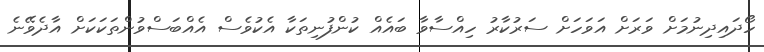
ހޯދައިދިނުމަށް ވަރަށް އަވަހަށް ސަރުކާރު ހިއްސާވާ ބައެއް ކުންފުނިތަކާ އެކުވެސް އެއްބަސްވުންތަކަކަށް އާދެވޭނެ